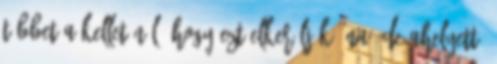
többet a kelleténél, hogy ezt elkerüljék. Na, de ahelyett,